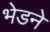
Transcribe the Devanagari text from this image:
भेडने